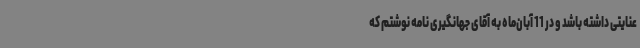
عنایتی داشته باشد و در 11 آبان‌ماه به آقای جهانگیری نامه نوشتم که